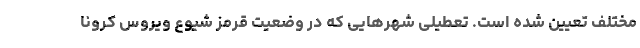
مختلف تعیین شده است. تعطیلی شهرهایی که در وضعیت قرمز شیوع ویروس کرونا